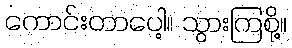
ကောင်းတာပေါ့။ သွားကြစို့။